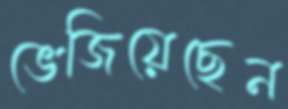
ভেজিয়েছেন